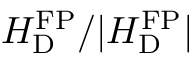
H _ { \mathrm { D } } ^ { \mathrm { F P } } / | H _ { \mathrm { D } } ^ { \mathrm { F P } } |